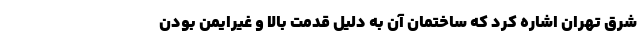
شرق تهران اشاره کرد که ساختمان آن به دلیل قدمت بالا و غیرایمن بودن